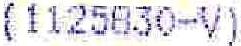
(1125830-V)